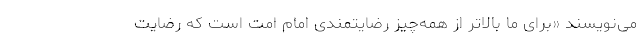
می‌‌نویسند «برای ما بالاتر از همه‌چیز رضایتمندی امام امت است که رضایت